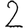
Digit: 2